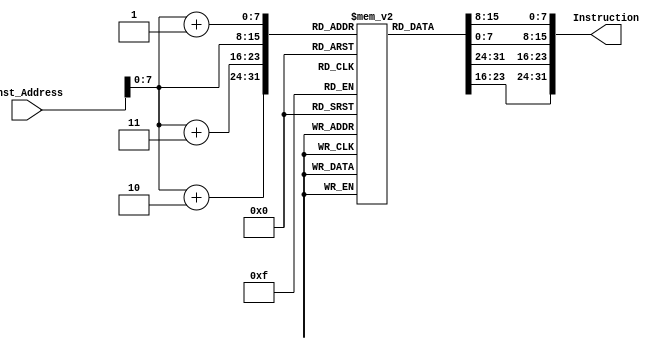
module Instruction_Memory
(
    input [63:0] Inst_Address,
    output [31:0] Instruction
);

reg [7:0] memory [131:0];

initial begin
    
// addi x5, x0, 10
    memory[0] = 8'b10010011;
    memory[1] = 8'b00000010;
    memory[2] = 8'b10100000;
    memory[3] = 8'b00000000;

//   sd x5, 0x100 (x0)
    memory[4] = 8'b00100011;
    memory[5] = 8'b00110010;
    memory[6] = 8'b01010000;
    memory[7] = 8'b00000000;

   // addi x5, x0, 97
    memory[8] = 8'b10010011;
    memory[9] = 8'b00000010;
    memory[10] = 8'b00010000;
    memory[11] = 8'b00000110;


    // sd x5, 0x104(x0)
    memory[12] = 8'b00100011;
    memory[13] = 8'b00110110;
    memory[14] = 8'b01010000;
    memory[15] = 8'b00000000;

    //addi x5, x0, 48
    memory[16] = 8'b10010011;
    memory[17] = 8'b00000010;
    memory[18] = 8'b00000000;
    memory[19] = 8'b00000011;

    // sd x5, 0x108(x0)
    memory[20] = 8'b00100011;
    memory[21] = 8'b00111010;
    memory[22] = 8'b01010000;
    memory[23] = 8'b00000000;

   // addi x10, x0, 0x100
    memory[24] = 8'b00010011;
    memory[25] = 8'b00000101;
    memory[26] = 8'b01000000;
    memory[27] = 8'b00000000;

  // addi x11, x0, 3
    memory[28] = 8'b10010011;
    memory[29] = 8'b00000101;
    memory[30] = 8'b00110000;
    memory[31] = 8'b00000000;
    
    //bubble sort starts
    // bne x10, x0, else
    memory[32] = 8'b01100011;
    memory[33] = 8'b00010110;
    memory[34] = 8'b00000101;
    memory[35] = 8'b00000000;
    
    // bne x11, x0, else
    memory[36] = 8'b01100011;
    memory[37] = 8'b10010100;
    memory[38] = 8'b00000101;
    memory[39] = 8'b00000000;
    
    // beq x0, x0, exit1
    memory[40] = 8'b01100011;
    memory[41] = 8'b00001100;
    memory[42] = 8'b00000000;
    memory[43] = 8'b00000100;
    
    // else: addi x18, x0, 0 
    memory[44] = 8'b00010011;
    memory[45] = 8'b00001001;
    memory[46] = 8'b00000000;
    memory[47] = 8'b00000000;
    
    // Loop1: beq x18, x11, exit2
    memory[48] = 8'b01100011;
    memory[49] = 8'b00000110;
    memory[50] = 8'b10111001;
    memory[51] = 8'b00000100;
    
    // add x19, 0, x18 
    memory[52] = 8'b10110011;
    memory[53] = 8'b00001001;
    memory[54] = 8'b00100000;
    memory[55] = 8'b00000001;
    
    // Loop2: beq x19, x11, exit2 
    memory[56] = 8'b01100011;
    memory[57] = 8'b10001110;
    memory[58] = 8'b10111001;
    memory[59] = 8'b00000010;
    
   //  slli x5, x18, 2
    memory[60] = 8'b10010011;
    memory[61] = 8'b00010010;
    memory[62] = 8'b00111001;
    memory[63] = 8'b00000000;
    
   // slli x6, x19, 2
    memory[64] = 8'b00010011;
    memory[65] = 8'b10010011;
    memory[66] = 8'b00111001;
    memory[67] = 8'b00000000;
    
    // add x5, x5, x10
    memory[68] = 8'b10110011;
    memory[69] = 8'b10000010;
    memory[70] = 8'b10100010;
    memory[71] = 8'b00000000;
    
    // add x6, x6, x10
    memory[72] = 8'b00110011;
    memory[73] = 8'b00000011;
    memory[74] = 8'b10100011;
    memory[75] = 8'b00000000;
    
    // ld x28, 0(x5)
    memory[76] = 8'b00000011;
    memory[77] = 8'b10111110;
    memory[78] = 8'b00000010;
    memory[79] = 8'b00000000;
    
    // ld x29, 0(x6)
    memory[80] = 8'b10000011;
    memory[81] = 8'b00111110;
    memory[82] = 8'b00000011;
    memory[83] = 8'b00000000;
    
    // bge x28, x29, 24
    memory[84] = 8'b01100011;
    memory[85] = 8'b01011100;
    memory[86] = 8'b11011110;
    memory[87] = 8'b00000001;
    
    // add x30, x0, x28
    memory[88] = 8'b00110011;
    memory[89] = 8'b00001111;
    memory[90] = 8'b11000000;
    memory[91] = 8'b00000001;
    
    // add x28, x0, x29
    memory[92] = 8'b00110011;
    memory[93] = 8'b00001110;
    memory[94] = 8'b11010000;
    memory[95] = 8'b00000001;
    
    // add x29, x0, x30
    memory[96] = 8'b10110011;
    memory[97] = 8'b00001110;
    memory[98] = 8'b11100000;
    memory[99] = 8'b00000001;
    
    // sd x28, 0(x5)
    memory[100] =8'b00100011;
    memory[101] =8'b10110000;
    memory[102] =8'b11000010;
    memory[103] =8'b00000001;
    
    // sd x28, 0(x6)
    memory[104] =8'b00100011;
    memory[105] =8'b00110000;
    memory[106] =8'b11010011;
    memory[107] =8'b00000001;
    
    // loop2_continued: addi, x19, x19 , 1
    memory[108] =8'b10010011;
    memory[109] =8'b10001001;
    memory[110] =8'b00011001;
    memory[111] =8'b00000000;
    
    // beq x0, x0, loop2
    memory[112] =8'b11100011;
    memory[113] =8'b00000100;
    memory[114] =8'b00000000;
    memory[115] =8'b11111100;
    
    //exit2: addi x18, x18, 1
    memory[116] =8'b00010011; 
    memory[117] =8'b00001001;
    memory[118] =8'b00011001;
    memory[119] =8'b00000000;

// beq x0, x0, loop
    memory[120] =8'b11100011;
    memory[121] =8'b00001100;
    memory[122] =8'b00000000;
    memory[123] =8'b11111010;
    
    // beq x0, x0, 4
    memory[124] =8'b01100011;
    memory[125] =8'b00000010;   
    memory[126] =8'b00000000;
    memory[127] =8'b00000000;
    
    // addi x0, x0, 0 
    memory[128] =8'b00010011;
    memory[129] =8'b00000000;
    memory[130] =8'b00000000;
    memory[131] =8'b00000000;


end

assign Instruction = {memory[Inst_Address+3], memory[Inst_Address+2],
       memory[Inst_Address+1], memory[Inst_Address]}; 

endmodule // Instruction_Memory